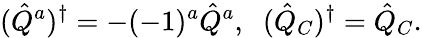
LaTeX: (\hat{Q}^{a})^{\dagger}=-(-1)^{a}\hat{Q}^{a},\; \; (\hat{Q}_{C})^{\dagger}=\hat{Q}_{C}.